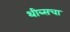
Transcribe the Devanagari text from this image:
थीब्सचा